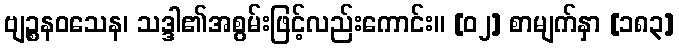
ဗျဉ္စနဝသေန၊ သဒ္ဒါ၏အစွမ်းဖြင့်လည်းကောင်း။ [၀၂] စာမျက်နှာ [၁၈၃]